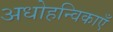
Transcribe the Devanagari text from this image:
अधोहन्विकाएँ